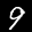
Label: 9